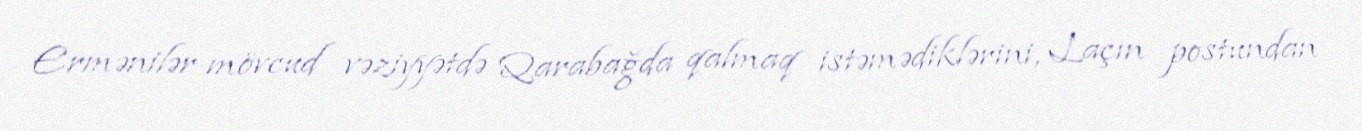
Ermənilər mövcud vəziyyətdə Qarabağda qalmaq istəmədiklərini, Laçın postundan